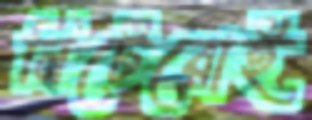
নিটেরোই